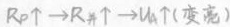
$$R_{P}\uparrow \rightarrow R_{并}\uparrow \rightarrow U_{A}\uparrow (变亮)$$